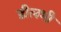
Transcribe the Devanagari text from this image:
डीलभी